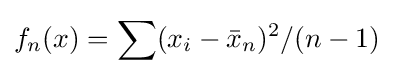
f_{n}(x)=\sum (x_{i}-{\bar {x}}_{n})^{2}/(n-1)